Lunatic asylums in Bengal annual reports 1888-1898 - 1888-1898
Year: 1888
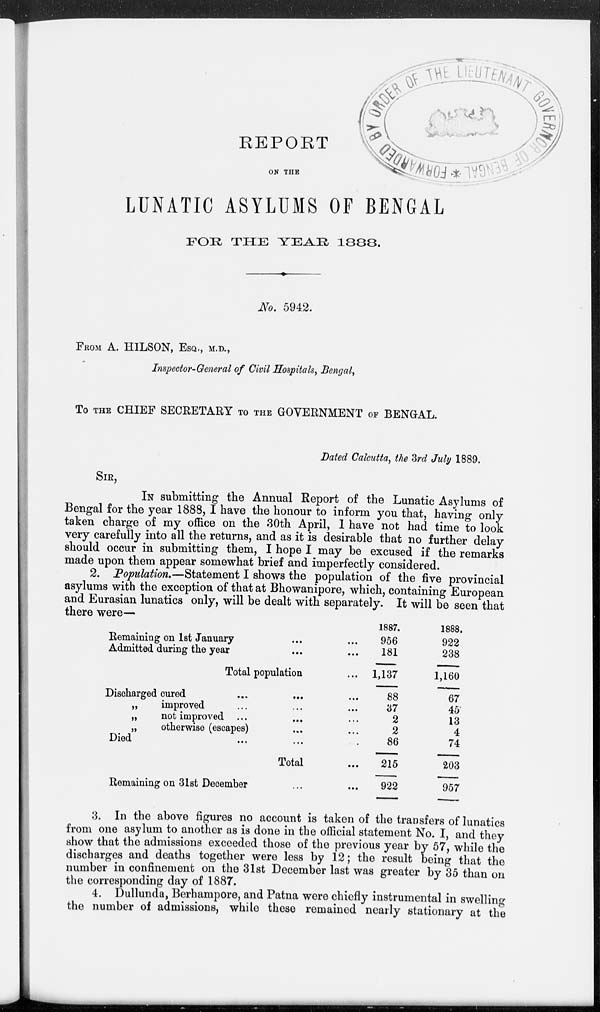
REPORT
ON THE
LUNATIC ASYLUMS OF BENGAL
FOR
THE
YEAR
1888.
NO. 5942.
FROM A. HILSON, ESQ., M.D.,
Inspector-General of Civil Hospitals, Bengal,
TO THE CHIEF SECRETARY TO THE GOVERNMENT OF BENGAL.
Dated Calcutta, the 3rd July 1889.
SIR,
IN submitting the Annual Report of the Lunatic Asylums of
Bengal for the year 1888, I have the honour to inform you that, having only-
taken charge of my office on the 30th April, I have not had time to look
very carefully into all the returns, and as it is desirable that no further delay-
should occur in submitting them, I hope I may be excused if the remarks
made upon them appear somewhat brief and imperfectly considered.
2. Population.—Statement I shows the population of the five provincial
asylums with the exception of that at Bhowanipore, which, containing European
and Eurasian lunatics only, will be dealt with separately. It will be seen that
there were—
Remaining on 1st January... ...
Admitted during the year ... ...
Total population ...
1887.
956
181
1,137
1888.
922
238
1,160
Discharged cured
...
...
...
„
improved ... ... ...
„
not improved
...
...
...
„
otherwise (escapes) ... ...
Died ... ... ...
Total ...
Remaining on 31st December ... ...
88
37
2
2
86
215
922
67
45
13
4
74
203
957
3. In the above figures no account is taken of the transfers of lunatics
from one asylum to another as is done in the official statement No. I, and they
show that the admissions exceeded those of the previous year by 57, while the
discharges and deaths together were less by 12; the result being that the
number in confinement on the 31st December last was greater by 35 than on
the corresponding day of 1887.
4. Dullunda, Berhampore, and Patna were chiefly instrumental in swelling
the number of admissions, while these remained nearly stationary at the